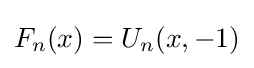
F_{n}(x)=U_{n}(x,-1)